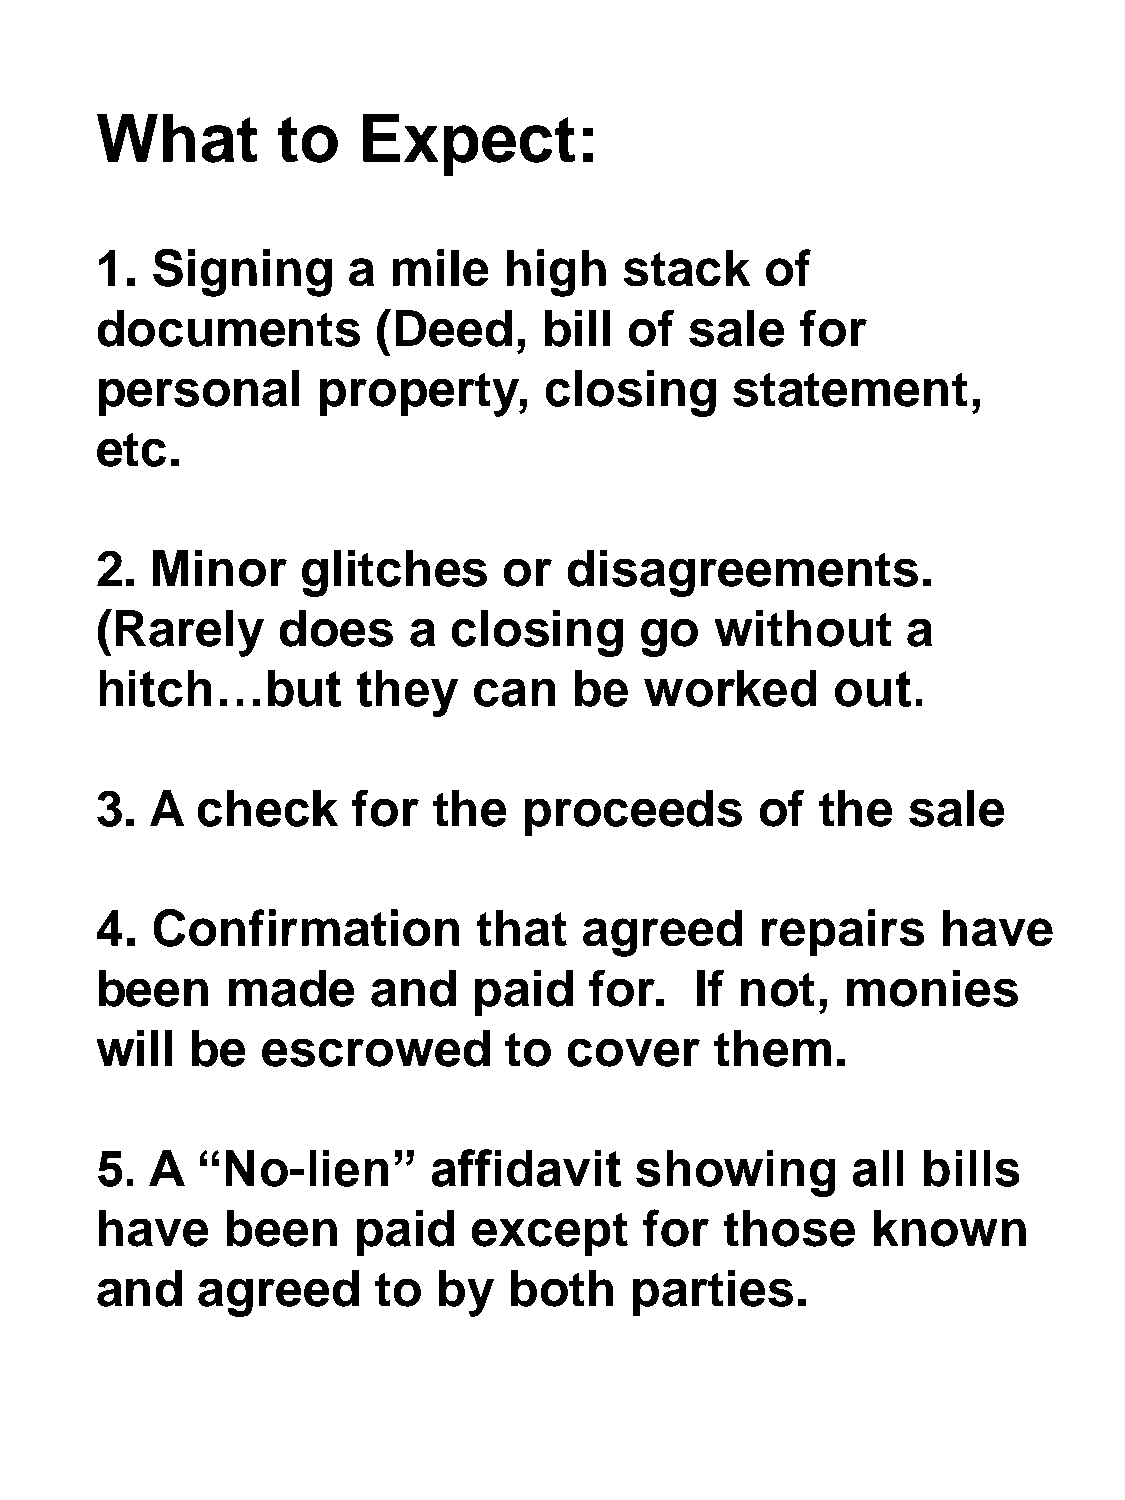
What        to    Expect:
 1.  Signing      a  mile   high    stack     of
 documents          (Deed,     bill  of  sale   for
 personal       property,      closing      statement,
 etc.
 2.  Minor     glitches     or   disagreements.
 (Rarely     does     a  closing     go   without      a
 hitch…but         they   can    be   worked      out.
 3.  A  check     for   the   proceeds       of  the   sale
 4.  Confirmation          that   agreed     repairs     have
 been     made      and   paid    for.   If not,   monies
 will   be  escrowed         to  cover    them.
 5.  A  “No-lien”       affidavit    showing       all  bills
 have     been    paid    except      for  those     known
 and    agreed      to  by   both    parties.